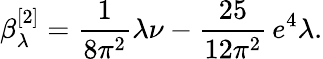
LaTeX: \beta_{\lambda}^{[2]}=\frac{1}{8\pi^{2}}\lambda\nu-\frac{25}{12\pi^{2}}\, e^{4}\lambda.